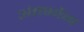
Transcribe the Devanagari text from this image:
अंतर्भोम